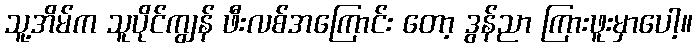
သူ့အိမ်က သူပိုင်ကျွန် ဖီးလစ်အကြောင်း တော့ ဒွန်ညာ ကြားဖူးမှာပေါ့။